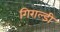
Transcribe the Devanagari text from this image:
गिराल्डी